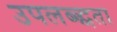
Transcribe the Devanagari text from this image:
उपलब्द्धता